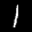
Label: 1